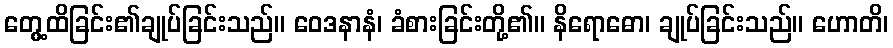
တွေ့ထိခြင်း၏ချုပ်ခြင်းသည်။ ဝေဒနာနံ၊ ခံစားခြင်းတို့၏။ နိရောဓော၊ ချုပ်ခြင်းသည်။ ဟောတိ၊